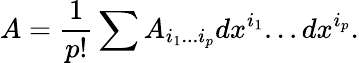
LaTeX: A={\frac{1}{p!}}\sum A_{i_{1}...i_{p}}dx^{i_{1}}...dx^{i_{p}}.